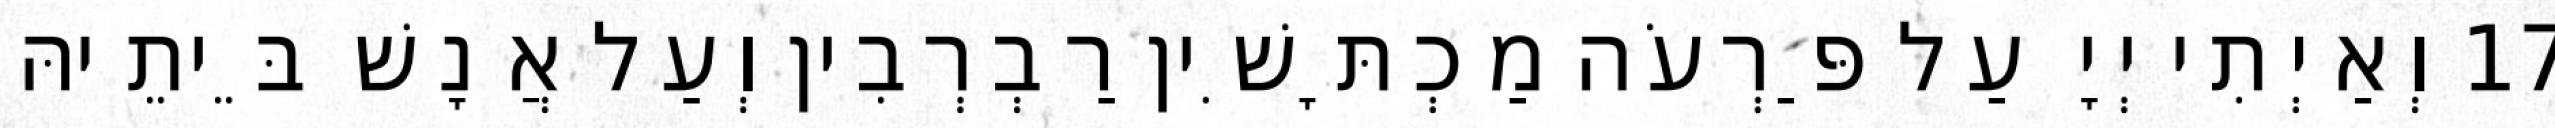
17 וְאַיְתִי יְיָ עַל פַּרְעֹה מַכְתָּשִׁין רַבְרְבִין וְעַל אֲנָשׁ בֵּיתֵיהּ